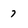
Character: 7